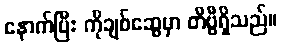
နောက်ပြီး ကိုချစ်ဆွေမှာ တီဗွီရှိသည်။